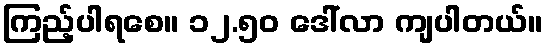
ကြည့်ပါရစေ။ ၁၂.၅၀ ဒေါ်လာ ကျပါတယ်။